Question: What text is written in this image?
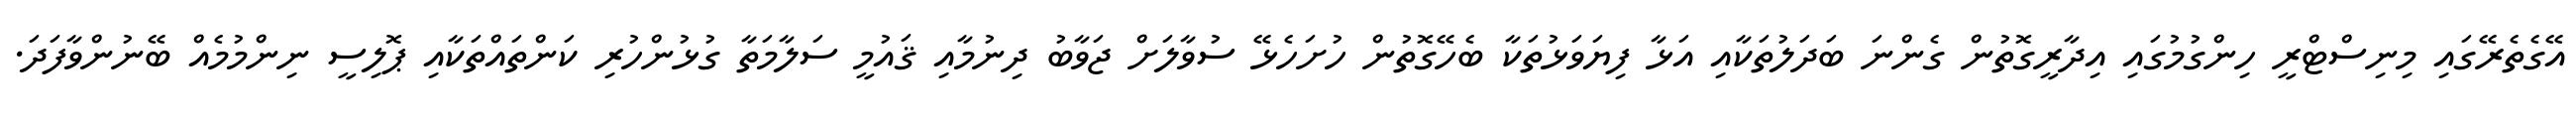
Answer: އޭގެތެރޭގައި މިނިސްޓްރީ ހިންގުމުގައި އިދާރީގޮތުން ގެންނަ ބަދަލުތަކާއި އަޅާ ފިޔަވަޅުތަކާ ބެހޭގޮތުން ހުށަހެޅޭ ސުވާލަށް ޖަވާބު ދިނުމާއި ޤައުމީ ސަލާމަތާ ގުޅުންހުރި ކަންތައްތަކާއި ޕޮލިސީ ނިންމުމެއް ބޭނުންވާފަދަ.